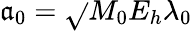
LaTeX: \mathfrak{a}_{0}=\sqrt{}{{M_{0}E_{h}}}\lambda_{0}